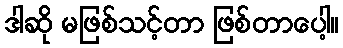
ဒါဆို မဖြစ်သင့်တာ ဖြစ်တာပေါ့။